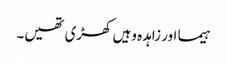
ہیما اور زاہدہ وہیں کھڑی تھیں۔